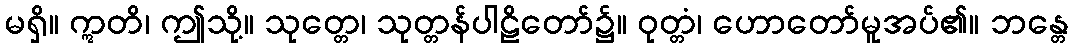
မရှိ။ ဣတိ၊ ဤသို့။ သုတ္တေ၊ သုတ္တန်ပါဠိတော်၌။ ဝုတ္တံ၊ ဟောတော်မူအပ်၏။ ဘန္တေ